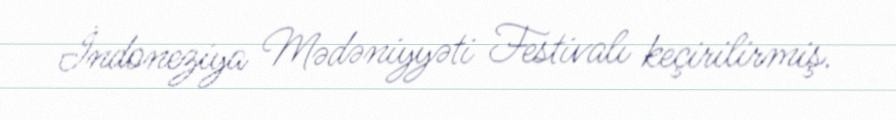
İndoneziya Mədəniyyəti Festivalı keçirilirmiş.